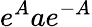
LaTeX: e^{A}ae^{-A}